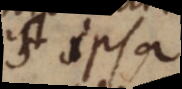
est ipsa